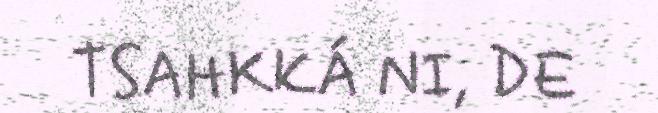
TSAHKKÁ NI, DE